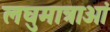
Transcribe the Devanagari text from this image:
लघुमात्राओं